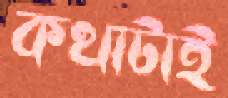
কথাটাই